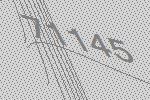
71145